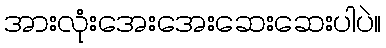
အားလုံးအေးအေးဆေးဆေးပါပဲ။